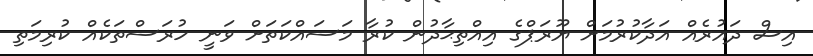
އިސް ދައުރެއް އަދާކުރުމަށް ޔޫރަޕްގެ އިއްތިޙާދުން ކުރާ މަސައްކަތަށް ވަނީ ހުރަސްތަކެއް ކުރިމަތި